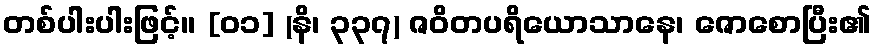
တစ်ပါးပါးဖြင့်။ [၀၁] (နိ၊ ၃၃၇) ဇဝိတပရိယောသာနေ၊ ဇောစောပြီး၏